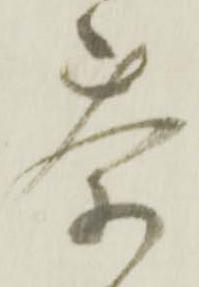
茶